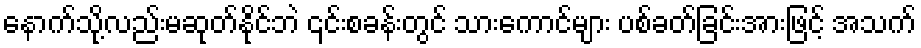
နောက်သို့လည်းမဆုတ်နိုင်ဘဲ ၎င်းစခန်းတွင် သားကောင်များ ပစ်ခတ်ခြင်းအားဖြင့် အသက်